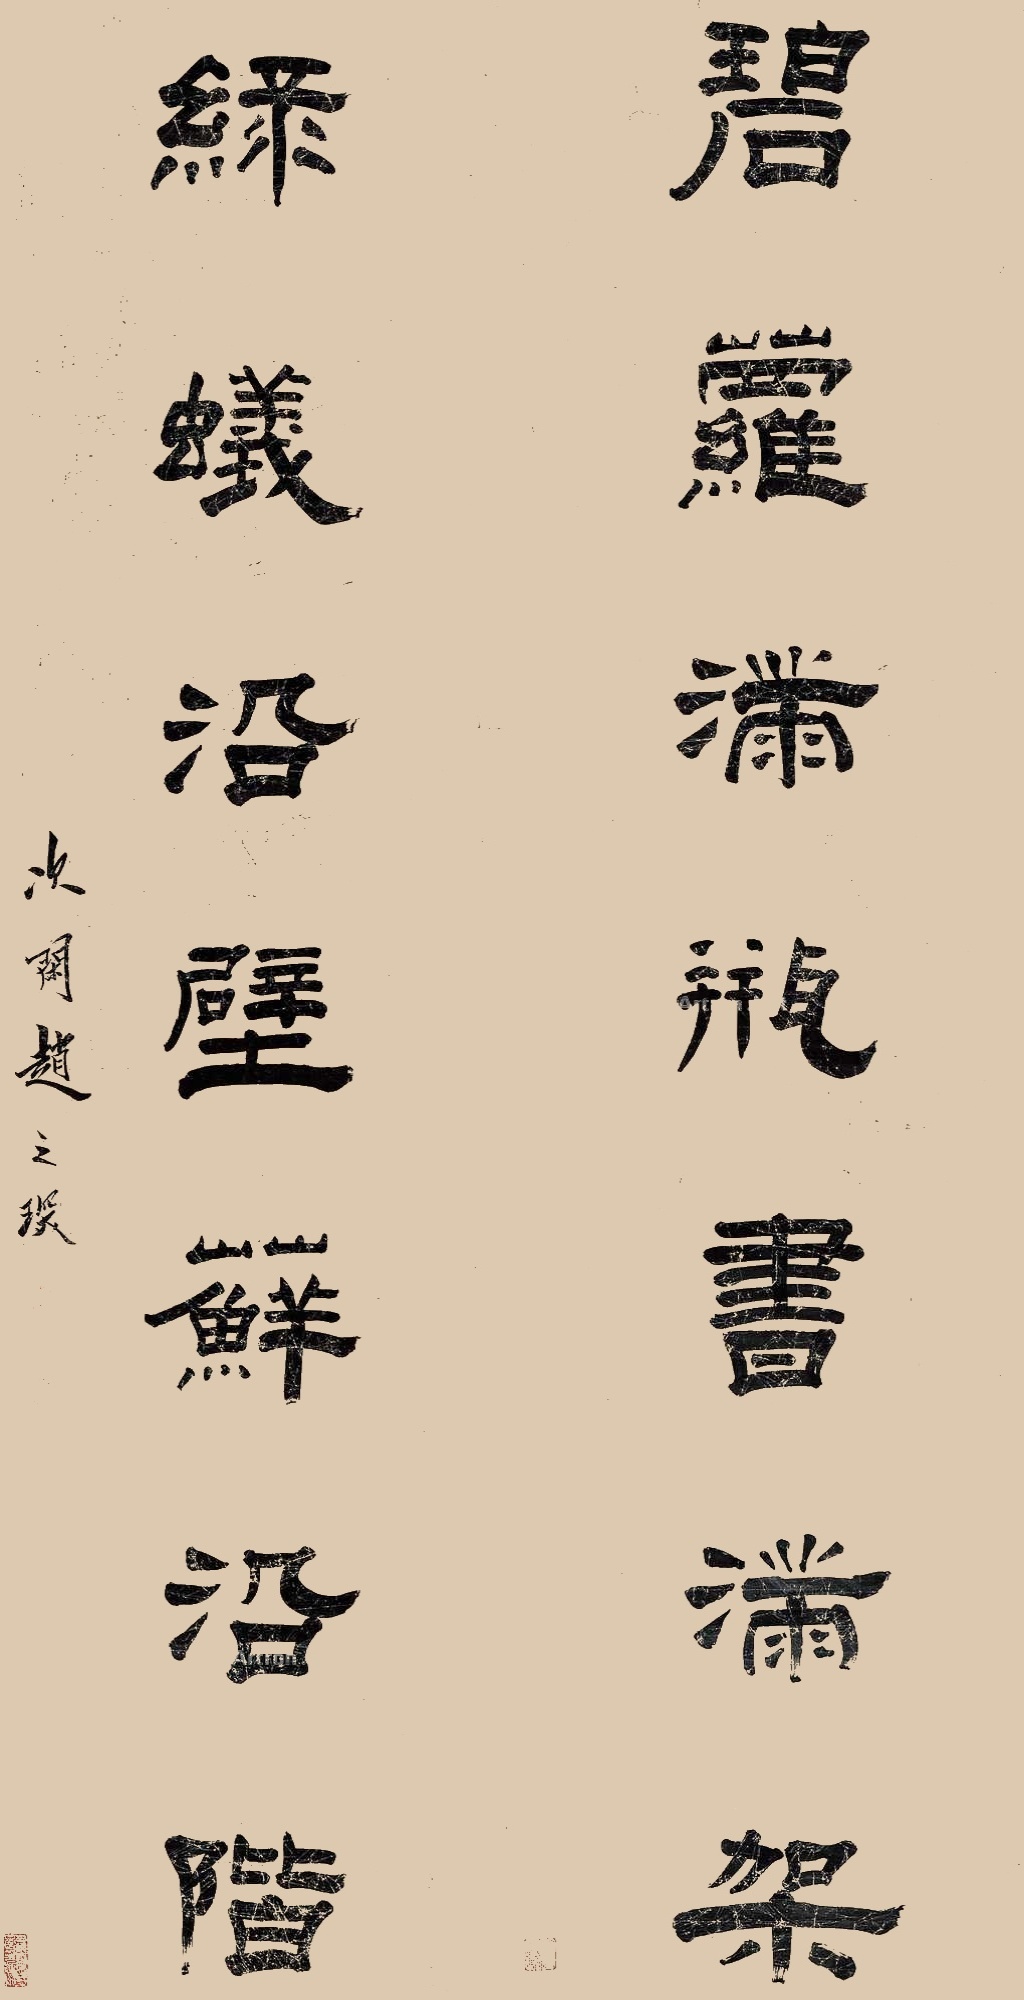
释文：碧萝满瓶书满架，绿蚁沿壁藓沿阶。次闲赵之琛。